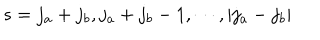
s = j _ { a } + j _ { b } , j _ { a } + j _ { b } - 1 , \cdots , | j _ { a } - j _ { b } |